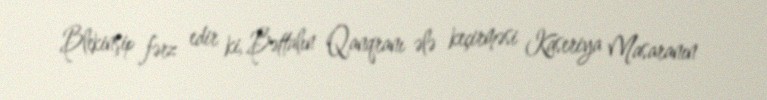
Blekinşip fərz edir ki, Bəttalın Qanqranı ələ keçirməsi Kaseriya Masaranın